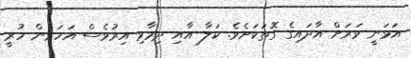
އަޅަނީ ވަރަށް އާދައިގެ ގޮތަކަށެވެ. ކަލާ އާއި ދިމާވި އިރުވެސް އަހަރެން ހުރީ